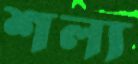
শল্য